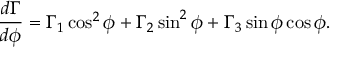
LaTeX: \frac { d \Gamma } { d \phi } = \Gamma _ { 1 } \cos ^ { 2 } \phi + \Gamma _ { 2 } \sin ^ { 2 } \phi + \Gamma _ { 3 } \sin \phi \cos \phi .